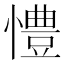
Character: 𢢪